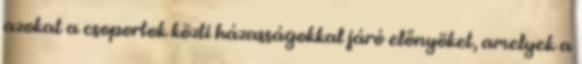
azokat a csoportok közti házasságokkal járó előnyöket, amelyek a